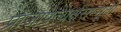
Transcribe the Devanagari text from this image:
प्राजापत्यर्क्षसम्भूतो